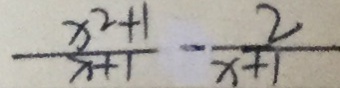
\frac { x ^ { 2 } + 1 } { x + 1 } - \frac { 2 } { x + 1 }